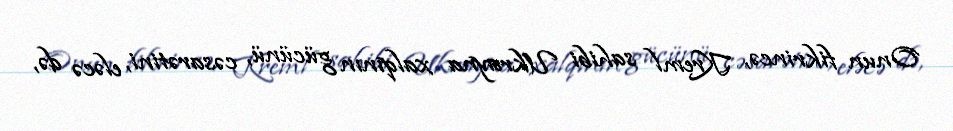
Onun fikrincə, Kreml sahibi Ukrayna xalqının gücünü, cəsarətini, eləcə də,